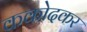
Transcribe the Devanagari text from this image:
ककोदकर